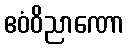
ဧဝံဝိညာဏော